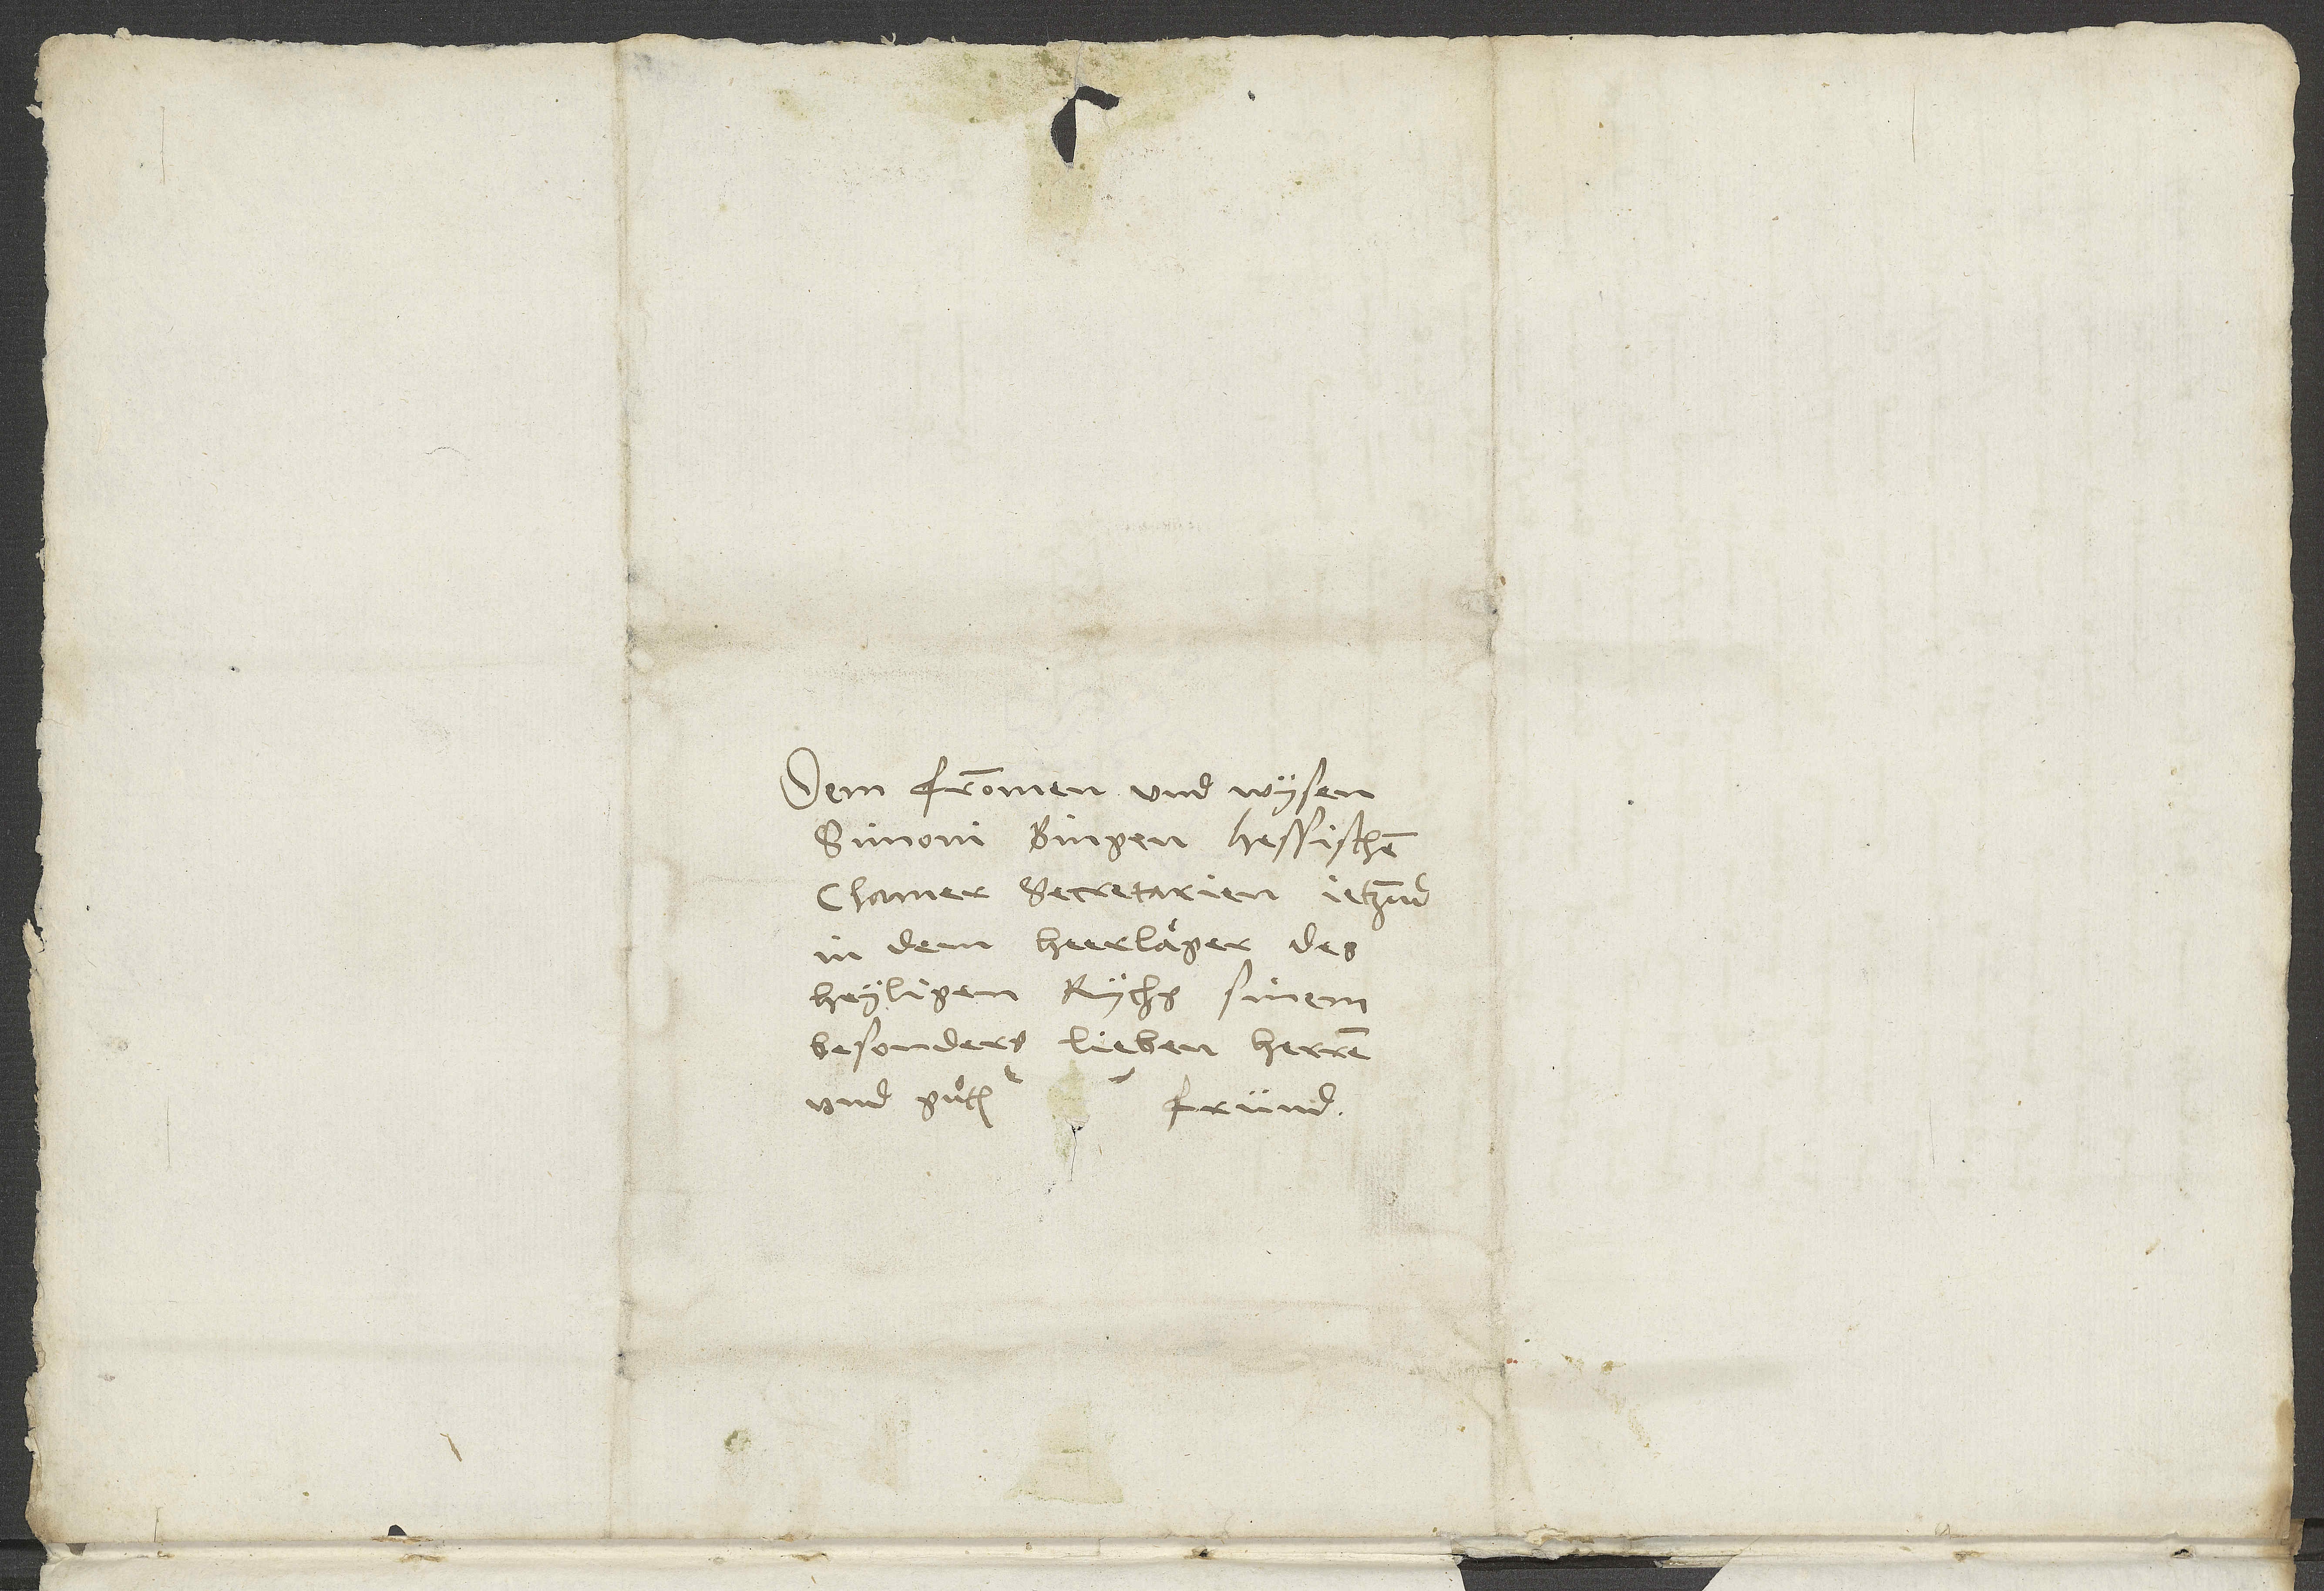
Dem frommen und wysen
Simoni Bingen, hessischen
chamer secretarien, jetzund
in dem heerlaͤger des
heyligen rychs, sinem
besonders lieben herren
fründ.